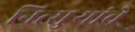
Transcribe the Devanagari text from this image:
नित्सुर्‍यांचे